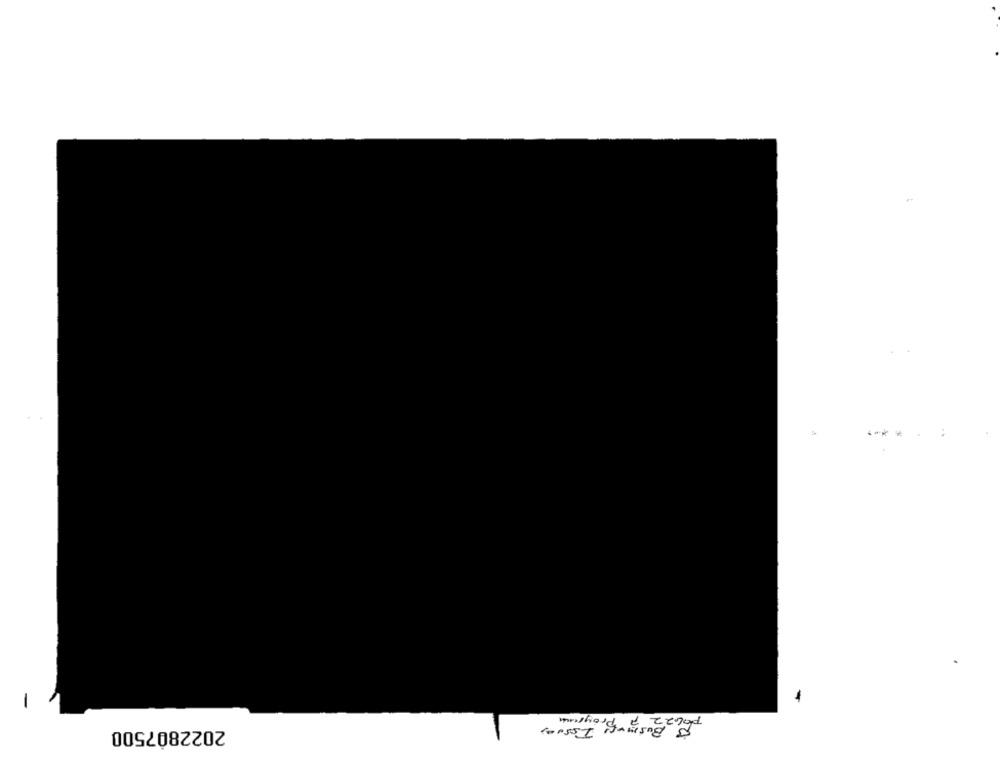
-
Issues
2022807500